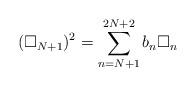
LaTeX: \begin{align*}(\square_{N+1})^2=\sum_{n=N+1}^{2N+2}b_n \square_{n}\end{align*}